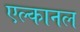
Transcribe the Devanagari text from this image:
एल्कानल